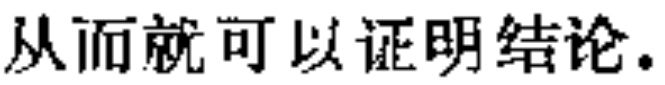
从而就可以证明结论。